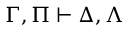
\Gamma , \Pi \vdash \Delta , \Lambda